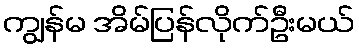
ကျွန်မ အိမ်ပြန်လိုက်ဦးမယ်